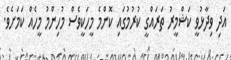
އަދި ވިދާޅުވީ ކަޝްމީރު ތަރައްގީ ކުރުމުގައި ކޮންމެ މީހަކީވެސް މުހިންމު މީހެއް ކަމަށެވެ.